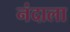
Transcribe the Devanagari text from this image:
नंदाला